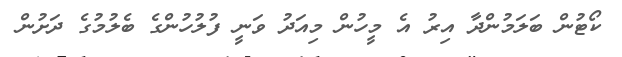
ކޯޓުން ބަލަމުންދާ އިރު އެ މީހުން މިއަދު ވަނީ ފުލުހުންގެ ބެލުމުގެ ދަށުން